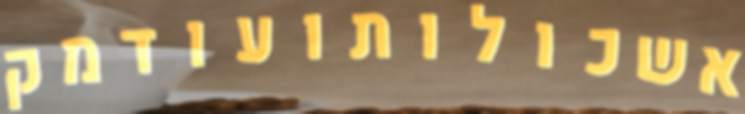
אשכולותועודמק